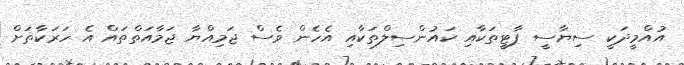
އުއްމީދަކީ ސިޔާސީ ޕާޓީތަކާއި ކައުންސިލްތަކާއި އެހެން ވެސް ޖަމިއްޔާ ޖަމާއަތްތައް އެ ހަރަކާތަށް